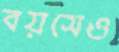
বয়সেও